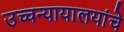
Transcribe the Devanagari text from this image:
उच्चन्यायालयांचे